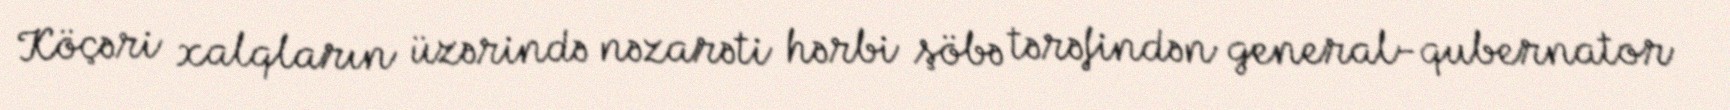
Köçəri xalqların üzərində nəzarəti hərbi şöbə tərəfindən general-qubernator